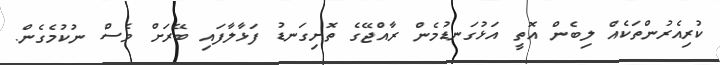
ކުރިއެރުންތަކެއް ލިބެން އޮތީ އަޅުގަނޑުމެން ރާއްޖޭގެ ތޮށިގަނޑު ފަޅާލާފައި ބޭރަށް ވެސް ނުކުމެގެން.